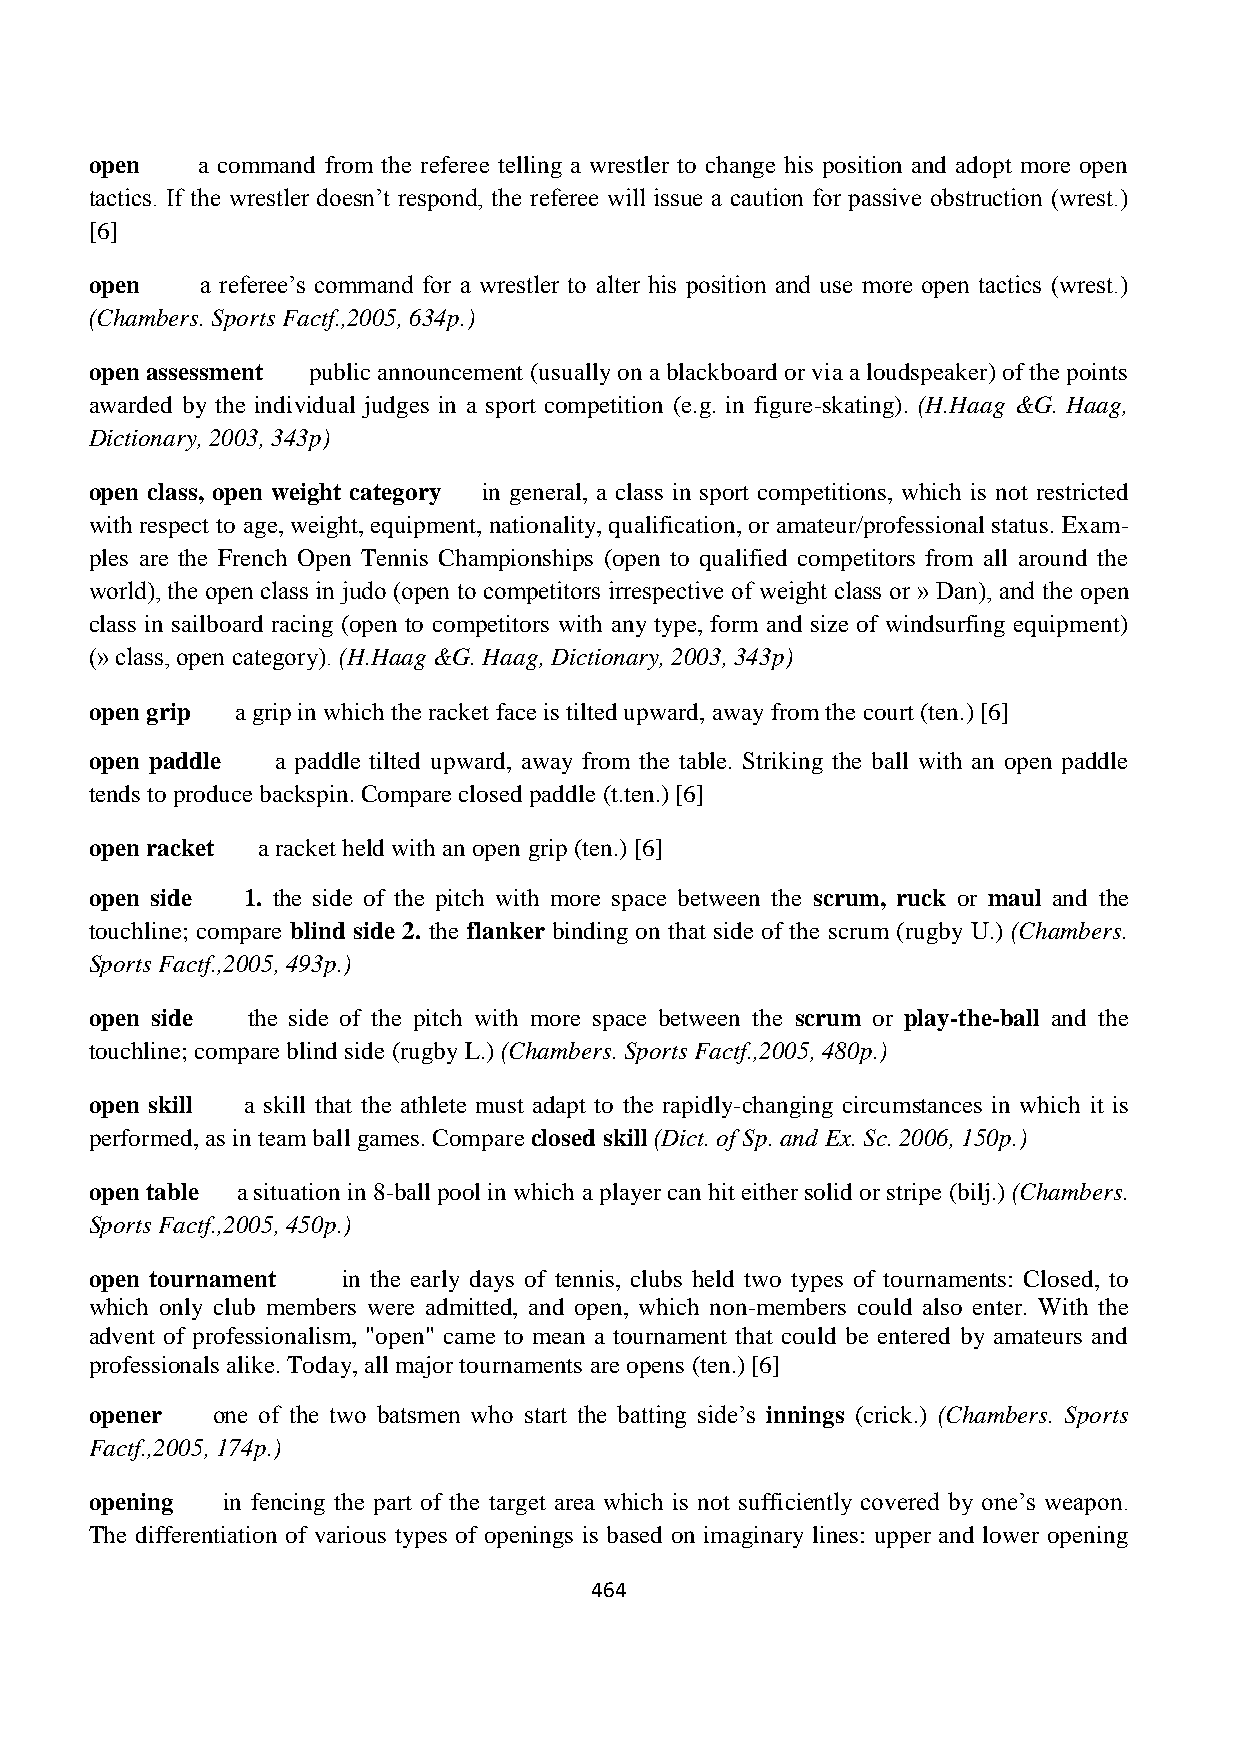
open   a command from the referee telling a wrestler to change his position and adopt more open
 tactics. If the wrestler doesn’t respond, the referee will issue a caution for passive obstruction (wrest.)
 [6]
 open   a referee’s command for a wrestler to alter his position and use more open tactics (wrest.)
 (Chambers. Sports Factf.,2005, 634p.)
 open assessment public announcement (usually on a blackboard or via a loudspeaker) of the points
 awarded by the individual judges in a sport competition (e.g. in figure-skating). (H.Haag &G. Haag,
 Dictionary, 2003, 343p)
 open class, open weight category in general, a class in sport competitions, which is not restricted
 with respect to age, weight, equipment, nationality, qualification, or amateur/professional status. Exam-
 ples are the French Open Tennis Championships (open to qualified competitors from all around the
 world), the open class in judo (open to competitors irrespective of weight class or » Dan), and the open
 class in sailboard racing (open to competitors with any type, form and size of windsurfing equipment)
 (» class, open category). (H.Haag &G. Haag, Dictionary, 2003, 343p)
 open grip a grip in which the racket face is tilted upward, away from the court (ten.) [6]
 open paddle a paddle tilted upward, away from the table. Striking the ball with an open paddle
 tends to produce backspin. Compare closed paddle (t.ten.) [6]
 open racket a racket held with an open grip (ten.) [6]
 open side 1. the side of the pitch with more space between the scrum, ruck or maul and the
 touchline; compare blind side 2. the flanker binding on that side of the scrum (rugby U.) (Chambers.
 Sports Factf.,2005, 493p.)
 open side the side of the pitch with more space between the scrum or play-the-ball and the
 touchline; compare blind side (rugby L.) (Chambers. Sports Factf.,2005, 480p.)
 open skill a skill that the athlete must adapt to the rapidly-changing circumstances in which it is
 performed, as in team ball games. Compare closed skill (Dict. of Sp. and Ex. Sc. 2006, 150p.)
 open table a situation in 8-ball pool in which a player can hit either solid or stripe (bilj.) (Chambers.
 Sports Factf.,2005, 450p.)
 open tournament  in the early days of tennis, clubs held two types of tournaments: Closed, to
 which only club members were admitted, and open, which non-members could also enter. With the
 advent of professionalism, "open" came to mean a tournament that could be entered by amateurs and
 professionals alike. Today, all major tournaments are opens (ten.) [6]
 opener  one of the two batsmen who start the batting side’s innings (crick.) (Chambers. Sports
 Factf.,2005, 174p.)
 opening  in fencing the part of the target area which is not sufficiently covered by one’s weapon.
 The differentiation of various types of openings is based on imaginary lines: upper and lower opening
 464